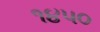
૧૪૫૦